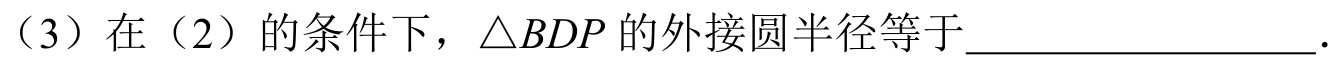
（3）在（2）的条件下，\(\triangle BDP\)的外接圆半径等于\(\underline{\quad\quad\quad\quad\quad}\).